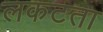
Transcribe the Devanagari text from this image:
लकटता